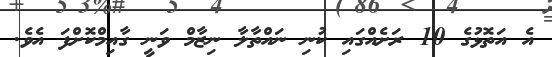
އެ އަތޮޅުގެ 10 ރަށެއްގައި ކުނި ނައްތާލާ ނިޒާމް ވަނީ ގާއިމްކޮށްފަ އެވެ.